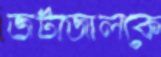
জটাজালকে